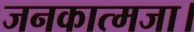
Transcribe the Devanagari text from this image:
जनकात्मजा।